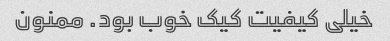
خیلی کیفیت کیک خوب بود. ممنون